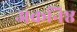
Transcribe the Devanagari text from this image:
अकनिष्ठ